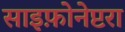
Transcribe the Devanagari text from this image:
साइफ़ोनेप्टरा